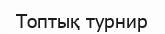
Топтық турнир